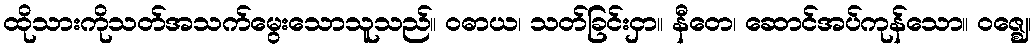
ထိုသားကိုသတ်အသက်မွေးသောသူသည်။ ဝဓာယ၊ သတ်ခြင်းငှာ။ နီတေ၊ ဆောင်အပ်ကုန်သော။ ဝဇ္ဈေ၊